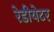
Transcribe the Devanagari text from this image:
रेडीयेटर